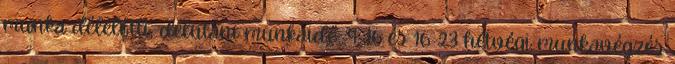
munka délelőtti, délutáni munkaidő: 9-16 és 16-23 hétvégi munkavégzés